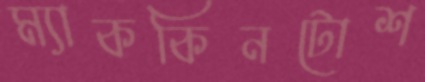
ম্যাককিনটোশ